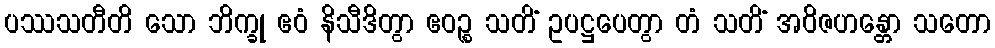
ပဿသတီတိ သော ဘိက္ခု ဧဝံ နိသီဒိတွာ ဧဝဉ္စ သတိံ ဥပဋ္ဌပေတွာ တံ သတိံ အဝိဇဟန္တော သတော